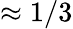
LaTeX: \approx 1/3